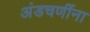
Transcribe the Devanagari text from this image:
अंडचणींना